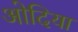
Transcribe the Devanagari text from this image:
ओदिया